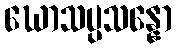
ဃောသပ္ပသန္နော